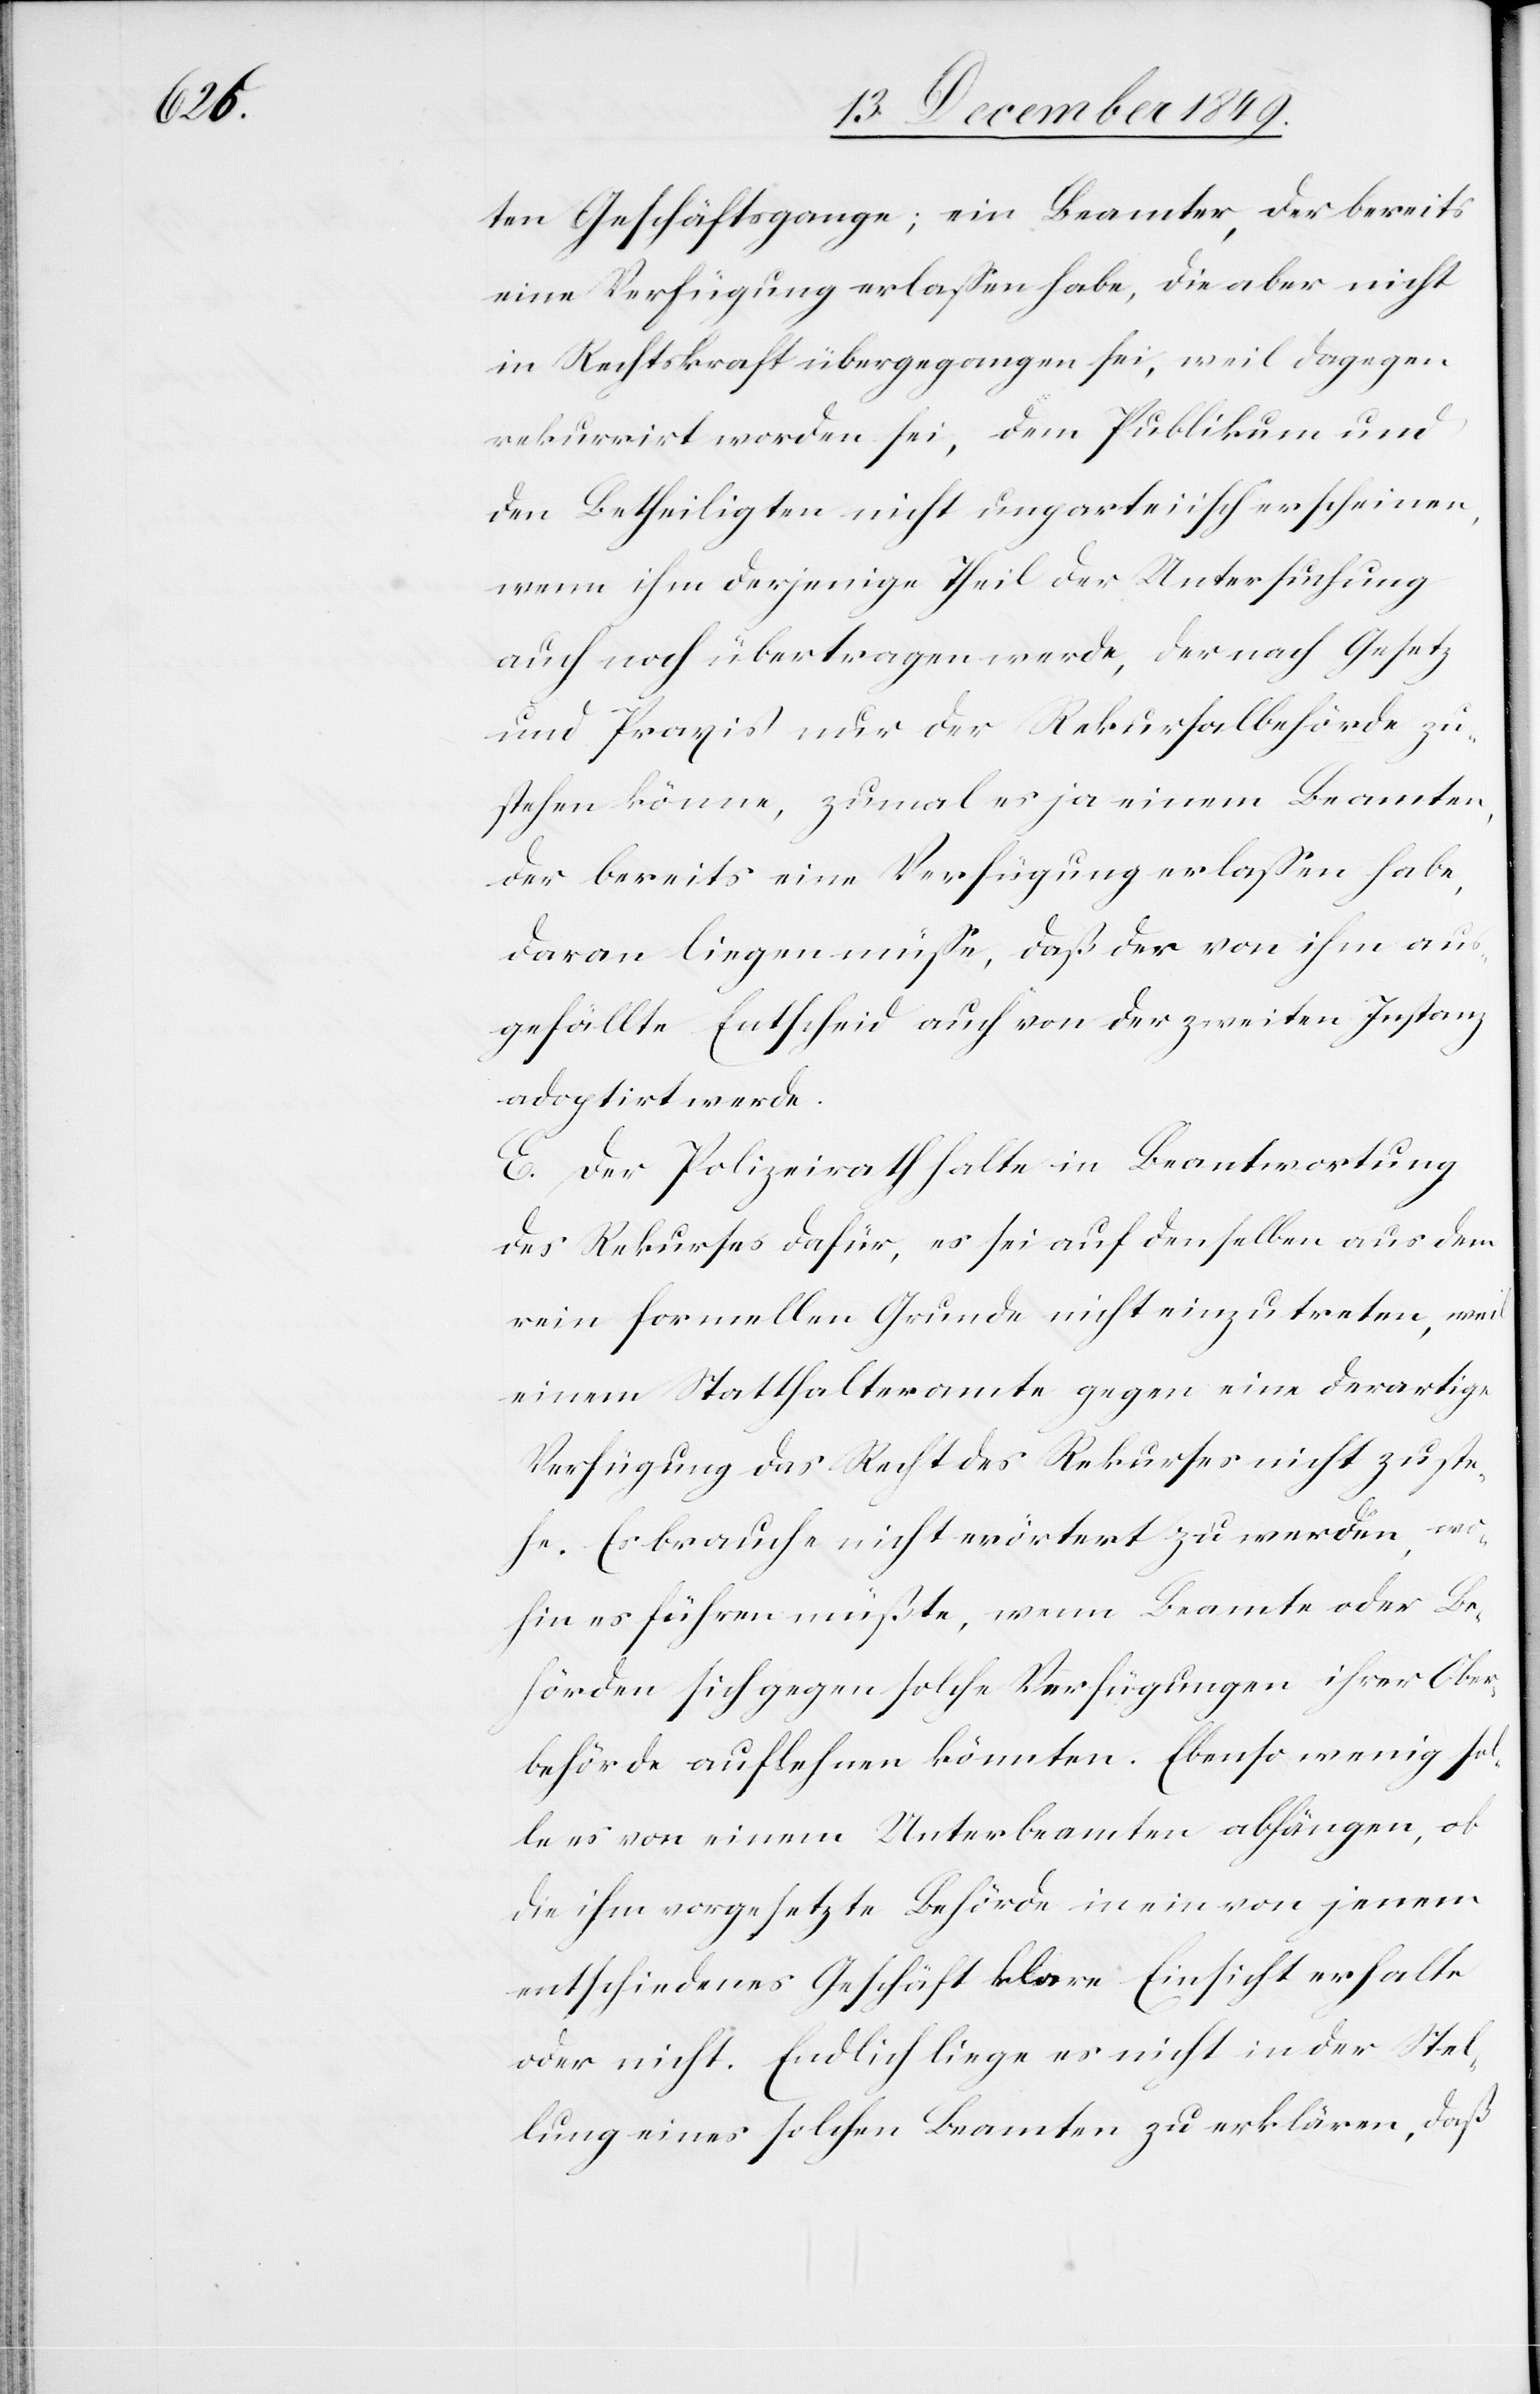
ten Geschäftsgange; ein Beamter, der bereits
eine Verfügung erlaßen habe, die aber nicht
in Rechtskraft übergegangen sei, weil dagegen
rekurrirt worden sei, dem Publikum und
den Betheiligten nicht unparteiisch erscheinen
wenn ihm derjenige Theil der Untersuchung
auch noch übertragen werde, der nach Gesetz
und Praxis nur der Rekursalbehörde zu¬
stehen könne, zumal es ja einem Beamten,
der bereits eine Verfügung erlaßen habe,
daran liegen müße, daß der von ihm aus¬
gefällte Entscheid auch von der zweiten Instanz
adoptirt werde.
E. Der Polizeirathe halte in Beantwortung
des Rekurses dafür, es sei auf denselben aus dem
rein formellen Grunde nicht einzutreten, weil
einem Statthalteramte gegen eine derartige
Verfügung das Recht des Rekurses nicht zuste¬
he. Es brauche nicht erörtert zu werden, wo¬
hin es führen müßte, wenn Beamte oder Be¬
hörden sich gegen solche Verfügungen ihrer Ober¬
behörde auflehnen könnten. Ebenso wenig sol¬
le es von einem Unterbeamten abhängen, ob
die ihm vorgesetzte Behörde in ein von jenen
entschiedenes Geschäft klare Einsicht erhalte
oder nicht. Endlich liege es nicht in der Stel¬
lung eines solchen Beamten zu erklären, daß